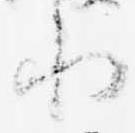
小